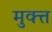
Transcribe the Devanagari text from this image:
मुक्त्त